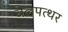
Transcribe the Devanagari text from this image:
बेलपत्थर